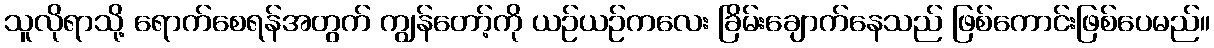
သူလိုရာသို့ ရောက်စေရန်အတွက် ကျွန်တော့်ကို ယဉ်ယဉ်ကလေး ခြိမ်းချောက်နေသည် ဖြစ်ကောင်းဖြစ်ပေမည်။